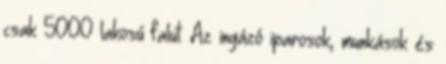
csak 5000 lakosú falut. Az ingázó iparosok, munkások és